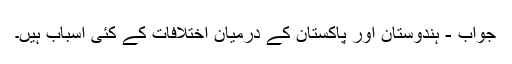
جواب - ہندوستان اور پاکستان کے درمیان اختلافات کے کئی اسباب ہیں۔